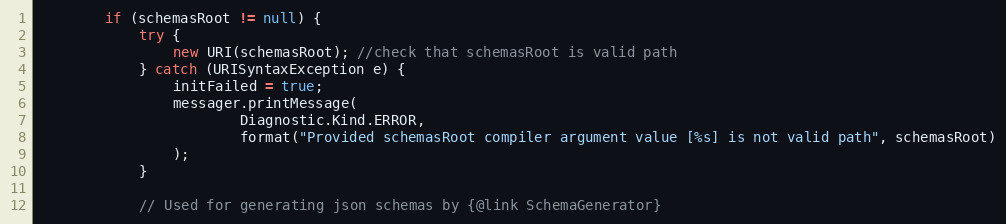
Language: Java
        if (schemasRoot != null) {
            try {
                new URI(schemasRoot); //check that schemasRoot is valid path
            } catch (URISyntaxException e) {
                initFailed = true;
                messager.printMessage(
                        Diagnostic.Kind.ERROR,
                        format("Provided schemasRoot compiler argument value [%s] is not valid path", schemasRoot)
                );
            }

            // Used for generating json schemas by {@link SchemaGenerator}